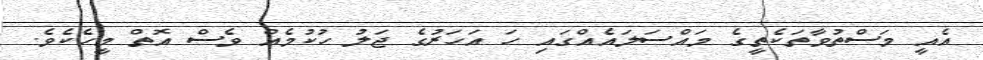
އެއީ މަސްތުވާތަކެތީގެ މައްސަލައެއްގައި ހަ އަހަރުގެ ޖަލު ހުކުމެއް ވެސް އޮތް މީހެކެވެ.